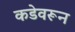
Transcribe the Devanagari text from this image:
कडेवरून